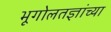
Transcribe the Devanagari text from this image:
भूगोलतज्ञांच्या